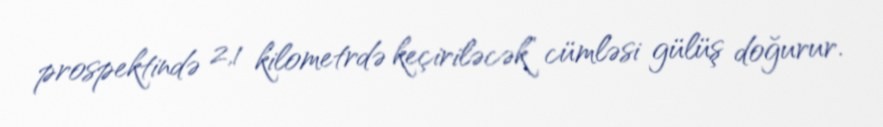
prospektində 2,1 kilometrdə keçiriləcək” cümləsi gülüş doğurur.